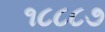
૧૮૮૮૭